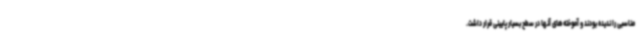
مناسبی را ندیده بودند و آموخته‌های آنها در سطح بسیار پایینی قرار داشت.